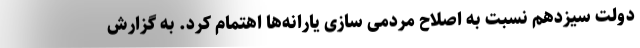
دولت سیزدهم نسبت به اصلاح مردمی سازی یارانه‌ها اهتمام کرد. به گزارش